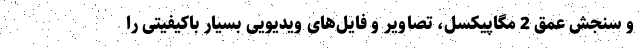
و سنجش عمق 2 مگاپیکسل، تصاویر و فایل‌های ویدیویی بسیار باکیفیتی را